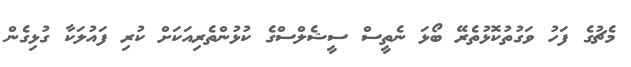
މެޗުގެ ފަހު ވަގުތުކޮޅުތެރޭ ބޯޅަ ނެތީސް ސީޝެލްސްގެ ކުޅުންތެރިއަކަށް ކުރި ފައުލަކާ ގުޅިގެން